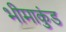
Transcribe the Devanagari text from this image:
भीमाकुंड